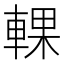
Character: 輠